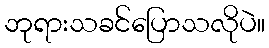
ဘုရားသခင်ပြောသလိုပဲ။